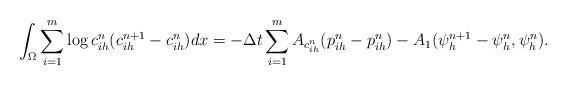
LaTeX: \begin{align*}\int_{\Omega}\sum_{i=1}^m \log c_{ih}^n (c^{n+1}_{ih} -c^{n}_{ih}) dx = - \Delta t \sum_{i=1}^m A_{c_{ih}^n}(p_{ih}^n- p_{ih}^n) -A_1(\psi_{h}^{n+1} -\psi_h^n, \psi_h^n).\end{align*}